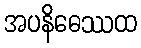
အပနိဓေဿထ